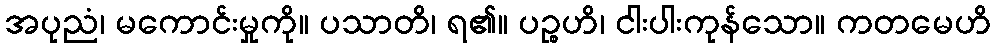
အပုညံ၊ မကောင်းမှုကို။ ပသာတိ၊ ရ၏။ ပဉ္စဟိ၊ ငါးပါးကုန်သော။ ကတမေဟိ